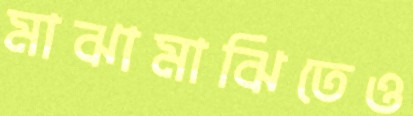
মাঝামাঝিতেও